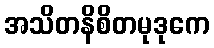
အသိတနိစိတမုဒုကေ